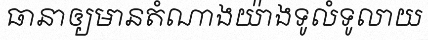
ធានាឲ្យមានតំណាងយ៉ាងទូលំទូលាយ